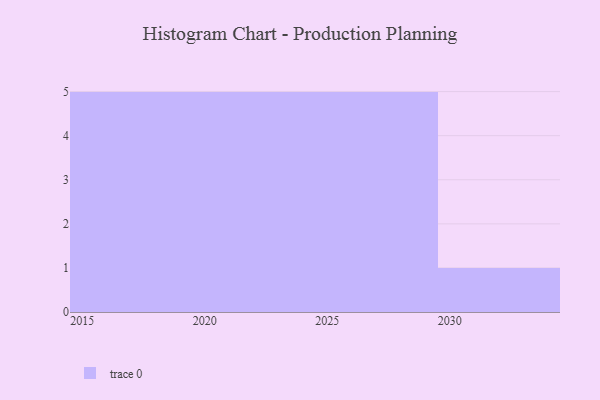
{"axis": {"x": "Year", "y": "Customer Acquisition Cost (USD)"}, "legend": [""], "data": [{"x": "2026", "y": 93, "type": ""}, {"x": "2019", "y": 43, "type": ""}, {"x": "2025", "y": 2, "type": ""}, {"x": "2016", "y": 25, "type": ""}, {"x": "2029", "y": 64, "type": ""}, {"x": "2027", "y": 91, "type": ""}, {"x": "2017", "y": 64, "type": ""}, {"x": "2028", "y": 47, "type": ""}, {"x": "2021", "y": 25, "type": ""}, {"x": "2015", "y": 36, "type": ""}, {"x": "2024", "y": 60, "type": ""}, {"x": "2023", "y": 37, "type": ""}, {"x": "2018", "y": 22, "type": ""}, {"x": "2022", "y": 4, "type": ""}, {"x": "2020", "y": 22, "type": ""}, {"x": "2030", "y": 69, "type": ""}]}